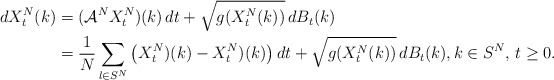
\begin{align*}\begin{aligned}dX^N_t(k)&=(\mathcal A^N X^N_t)(k)\,dt+\sqrt{g(X^N_t(k))}\,dB_t(k)\\&=\frac{1}{N}\sum_{l\in S^N} \big(X^N_t)(k)-X^N_t)(k)\big)\,dt+\sqrt{g(X^N_t(k))}\,dB_t(k),k\in S^N,\, t\geq 0.\end{aligned}\end{align*}